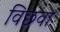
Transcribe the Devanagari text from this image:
विछवा